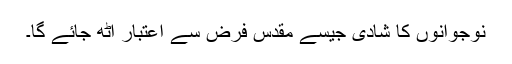
نوجوانوں کا شادی جیسے مقدس فرض سے اعتبار اٹھ جائے گا۔